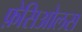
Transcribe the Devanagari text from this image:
फ़ेसिओलस